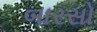
બારસો